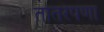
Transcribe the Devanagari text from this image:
तोतरेपणा